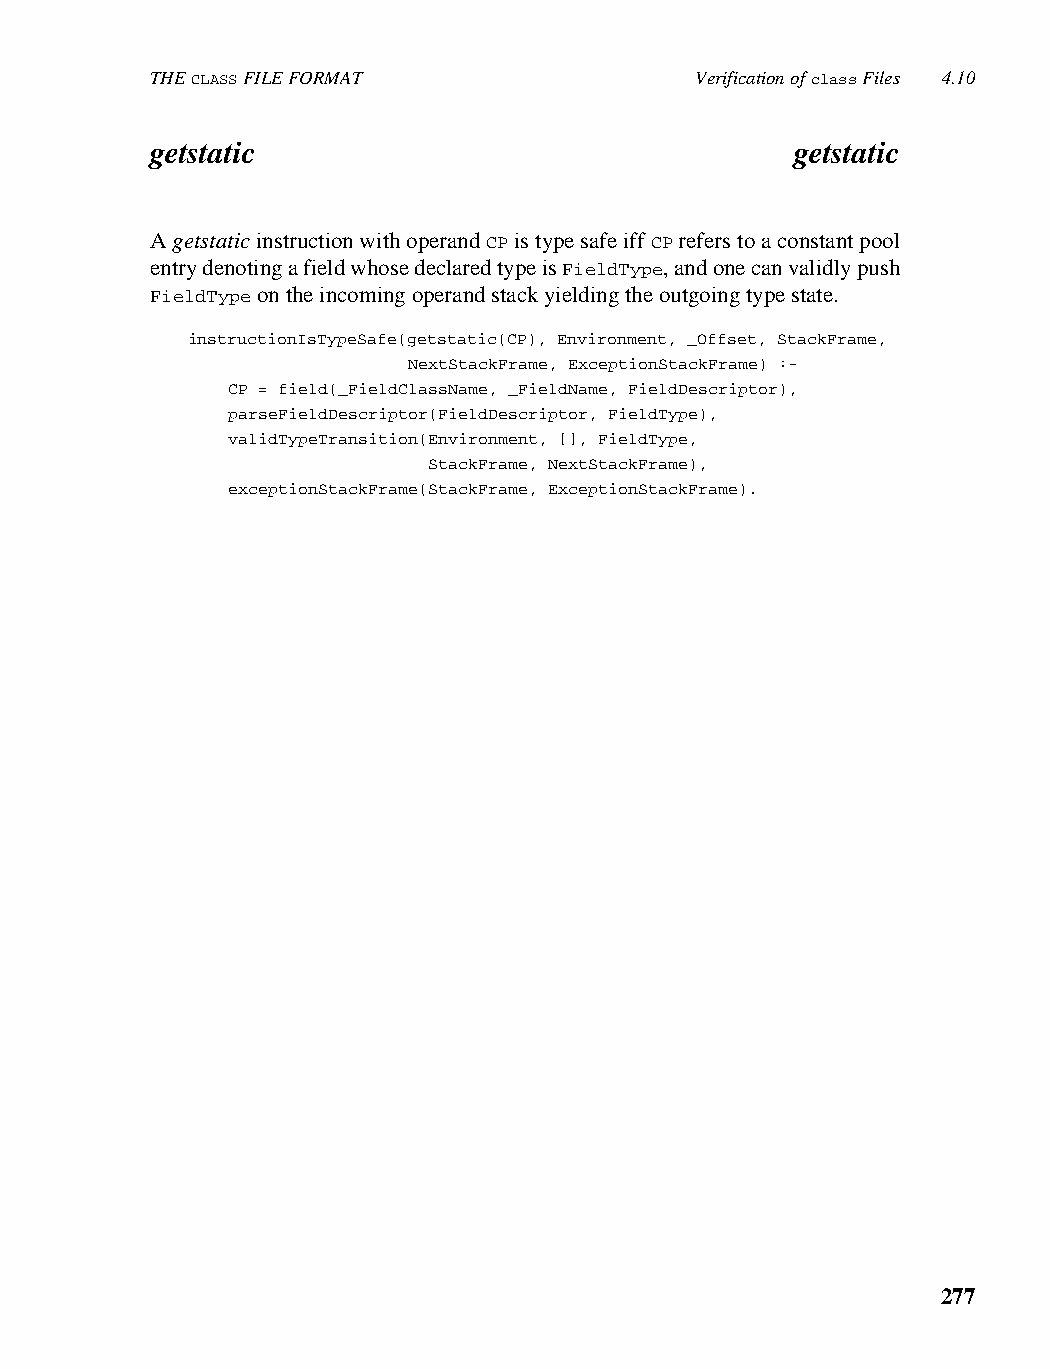
THE CLASS FILE FORMAT               Verification of class Files 4.10
 getstatic                                  getstatic
 A getstatic instruction with operand CP is type safe iff CP refers to a constant pool
 entry denoting a field whose declared type is FieldType, and one can validly push
 FieldType on the incoming operand stack yielding the outgoing type state.
 instructionIsTypeSafe(getstatic(CP), Environment, _Offset, StackFrame,
 NextStackFrame, ExceptionStackFrame) :-
 CP = field(_FieldClassName, _FieldName, FieldDescriptor),
 parseFieldDescriptor(FieldDescriptor, FieldType),
 validTypeTransition(Environment, [], FieldType,
 StackFrame, NextStackFrame),
 exceptionStackFrame(StackFrame, ExceptionStackFrame).
 277